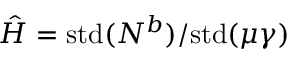
\hat { H } = \mathrm { s t d } ( N ^ { b } ) / \mathrm { s t d } ( \mu \gamma )